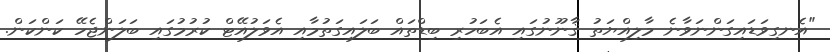
"އެނގިވަޑައިގަންނަވާނެ މާލިއްޔަތު ޤާނޫނުގައި އެބަހުރި ބިޑްތައް ބަލައިގަތުމާއި އެވަލުއޭޓް ކުރުމުގައި ބަލަންޖެހޭ ކަންކަން.